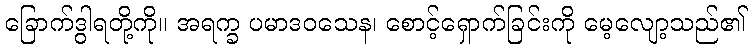
ခြောက်ဒွါရတို့ကို။ အရက္ခ ပမာဒဝသေန၊ စောင့်ရှောက်ခြင်းကို မေ့လျော့သည်၏